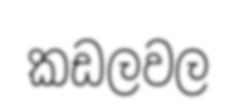
කඩලවල